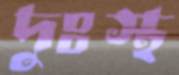
দুঃস্থ